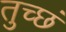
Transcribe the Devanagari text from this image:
तुच्छं